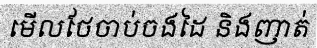
មើលថែចាប់ចងដៃ និងញាត់